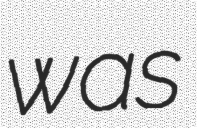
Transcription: was